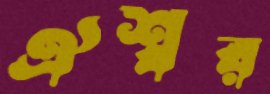
ঐশ্বর